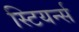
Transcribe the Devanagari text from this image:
स्टियर्न्स